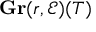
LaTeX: \mathbf { G r } ( r , { \mathcal { E } } ) ( T )